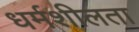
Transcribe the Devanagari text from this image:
धर्मशीलता